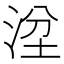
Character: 𣴞